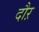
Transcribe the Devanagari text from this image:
दौऱ